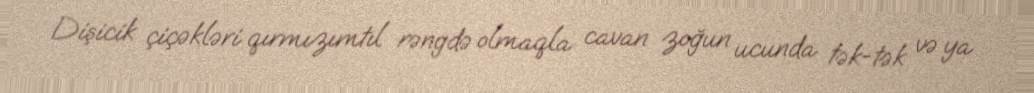
Dişicik çiçəkləri qırmızımtıl rəngdə olmaqla cavan zoğun ucunda tək-tək və ya